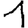
Digit: 1